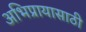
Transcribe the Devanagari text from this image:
अभिप्रायासाठी